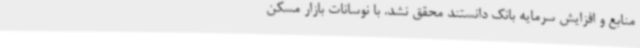
منابع و افزایش سرمایه بانک دانستند محقق نشد. با نوسانات بازار مسکن